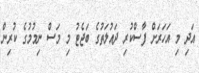
އަދި މި އަހަރަށް ފާސްކުރި ދައުލަތުގެ ބަޖެޓު މި މަސް ނިމުމުގެ ކުރިން